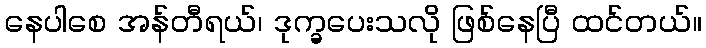
နေပါစေ အန်တီရယ်၊ ဒုက္ခပေးသလို ဖြစ်နေပြီ ထင်တယ်။